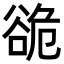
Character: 𮙍